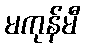
မကုန်မီ